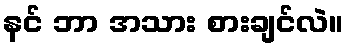
နင် ဘာ အသား စားချင်လဲ။